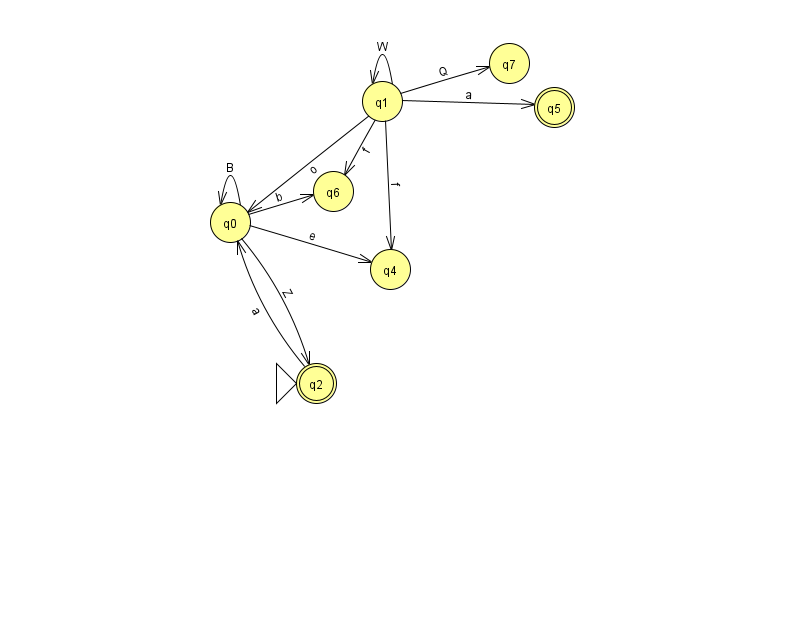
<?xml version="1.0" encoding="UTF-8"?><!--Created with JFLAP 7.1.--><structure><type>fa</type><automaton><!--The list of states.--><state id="0" name="q0"><x>230.0</x><y>209.0</y></state><state id="1" name="q1"><x>382.0</x><y>88.0</y></state><state id="2" name="q2"><x>316.0</x><y>370.0</y><initial/><final/></state><state id="4" name="q4"><x>390.0</x><y>256.0</y></state><state id="5" name="q5"><x>554.0</x><y>94.0</y><final/></state><state id="6" name="q6"><x>333.0</x><y>178.0</y></state><state id="7" name="q7"><x>509.0</x><y>50.0</y></state><!--The list of transitions.--><transition><from>1</from><to>6</to><read>f</read></transition><transition><from>0</from><to>0</to><read>B</read></transition><transition><from>0</from><to>6</to><read>b</read></transition><transition><from>1</from><to>4</to><read>f</read></transition><transition><from>0</from><to>4</to><read>e</read></transition><transition><from>1</from><to>1</to><read>W</read></transition><transition><from>2</from><to>0</to><read>a</read></transition><transition><from>1</from><to>7</to><read>Q</read></transition><transition><from>0</from><to>2</to><read>Z</read></transition><transition><from>1</from><to>0</to><read>o</read></transition><transition><from>1</from><to>5</to><read>a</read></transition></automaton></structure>